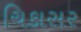
ચિકાસર